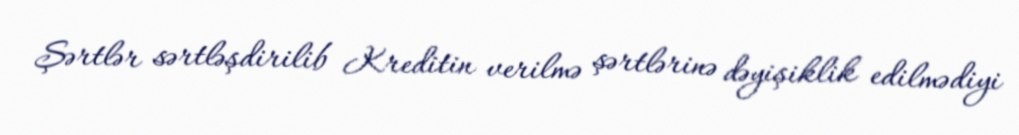
Şərtlər sərtləşdirilib Kreditin verilmə şərtlərinə dəyişiklik edilmədiyi